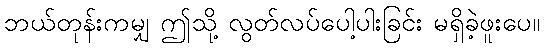
ဘယ်တုန်းကမျှ ဤသို့ လွတ်လပ်ပေါ့ပါးခြင်း မရှိခဲ့ဖူးပေ။